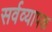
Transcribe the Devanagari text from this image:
सर्वव्‍यापक